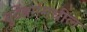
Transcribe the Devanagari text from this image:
वुर्टेंबर्गमधील